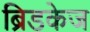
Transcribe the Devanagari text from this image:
ब्रिडकेज